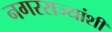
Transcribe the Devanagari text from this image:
नगरराज्यांशी